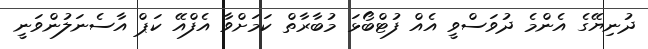
ދުނިޔޭގެ އެންމެ ދުވަސްވީ އެއް ފުޓްބޯޅަ މުބާރާތް ކަމަށްވާ އެފްއޭ ކަޕް އާސެނަލުންވަނީ